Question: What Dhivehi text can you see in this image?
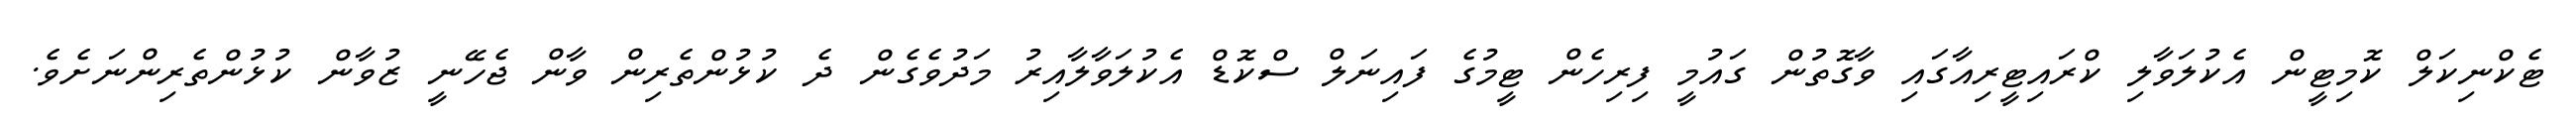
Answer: ޓެކްނިކަލް ކޮމިޓީން އެކުލަވާލި ކްރައިޓީރިއާގައި ވާގޮތުން ގައުމީ ފިރިހެން ޓީމުގެ ފައިނަލް ސްކޮޑް އެކުލަވާލާއިރު މަދުވެގެން ދެ ކުޅުންތެރިން ވާން ޖެހޭނީ ޒުވާން ކުޅުންތެރިންނަށެވެ.